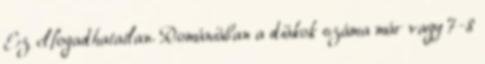
Ez elfogadhatatlan. Romániában a diákok száma már vagy 7-8